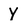
Character: Y